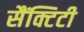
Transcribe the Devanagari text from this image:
सैंक्टिटी